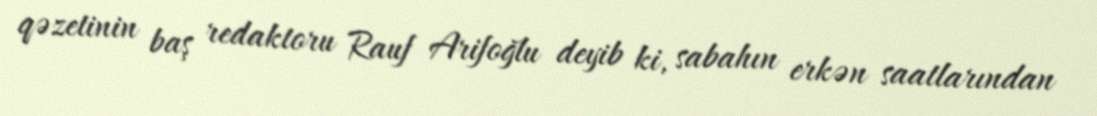
qəzetinin baş redaktoru Rauf Arifoğlu deyib ki, sabahın erkən saatlarından